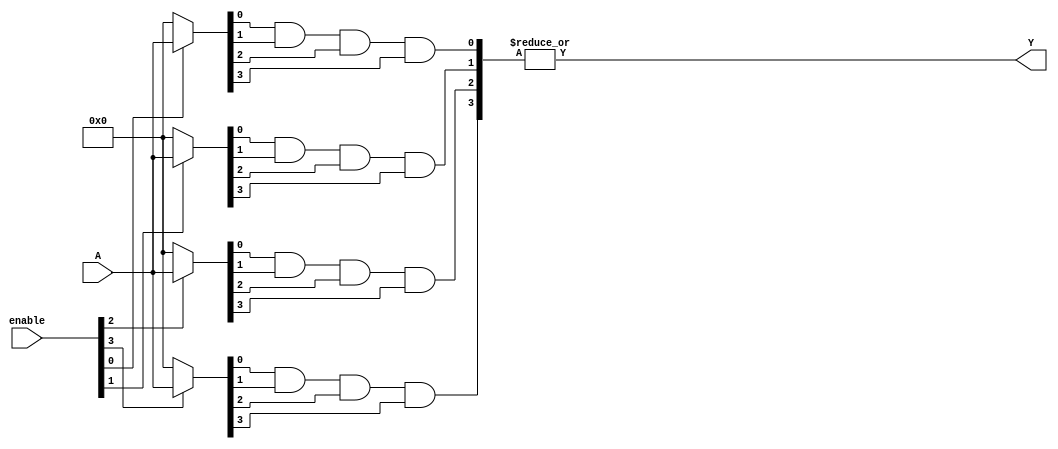
module GPAL #(
    parameter N = 4, // Number of inputs
    parameter M = 4, // Number of product terms
    parameter P = 1  // Number of outputs
)(
    input wire [N-1:0] A, // Input signals
    input wire [M-1:0] enable, // Enable signals for each product term
    output wire [P-1:0] Y // Output signals
);

// Internal signals for product terms
wire [M-1:0] P_term;

// Generate product terms based on inputs and enable signals
genvar i, j;
generate
    for (i = 0; i < M; i = i + 1) begin : product_terms
        wire [N-1:0] inputs; // Inputs for each product term
        assign inputs = (enable[i]) ? A : {N{1'b0}}; // Enable or disable inputs
        
        // Generate the AND operation for the product term
        assign P_term[i] = (inputs[0] & inputs[1] & inputs[2] & inputs[3]); // Example for 4 inputs
    end
endgenerate

// Fixed OR array to combine product terms
assign Y[0] = |P_term; // OR operation to combine all product terms

endmodule